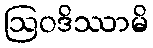
ဩဝဒိဿာမိ